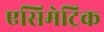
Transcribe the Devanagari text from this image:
एसिमेट्रिक